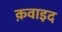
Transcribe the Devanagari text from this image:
क़वाइद